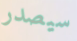
سيصدر